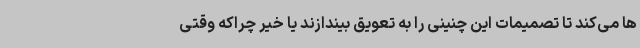
ها می‌کند تا تصمیمات این چنینی را به تعویق بیندازند یا خیر چراکه وقتی